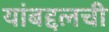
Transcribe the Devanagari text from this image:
यांबद्दलची